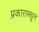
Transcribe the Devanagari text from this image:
प्रकारामधून